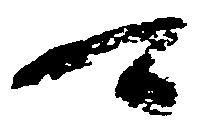
可